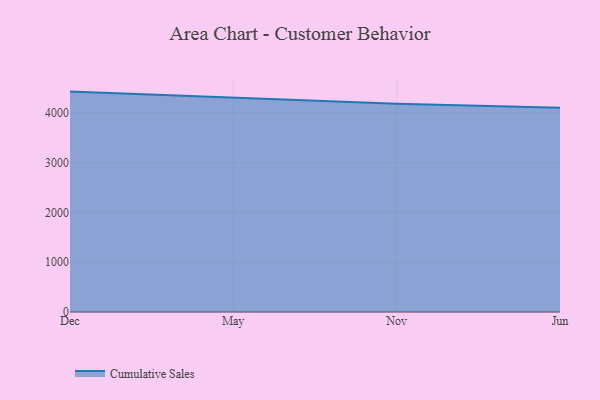
{"axis": {"x": "Month", "y": "Inventory Turnover"}, "legend": ["Cumulative Sales"], "data": [{"x": "Dec", "y": 4426.0, "type": "Cumulative Sales"}, {"x": "May", "y": 4303.6, "type": "Cumulative Sales"}, {"x": "Nov", "y": 4181.7, "type": "Cumulative Sales"}, {"x": "Jun", "y": 4103.7, "type": "Cumulative Sales"}]}